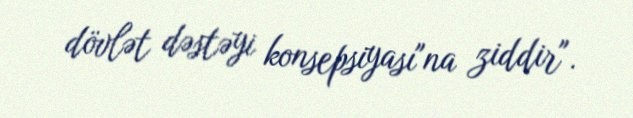
dövlət dəstəyi konsepsiyası"na ziddir".